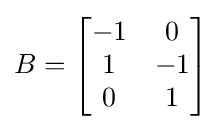
B={\begin{bmatrix}-1&0\\1&-1\\0&1\end{bmatrix}}